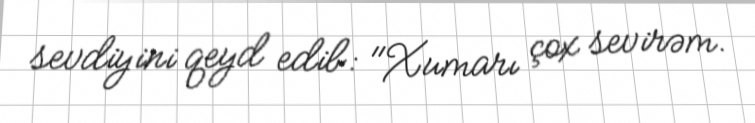
sevdiyini qeyd edib: "Xumarı çox sevirəm.